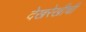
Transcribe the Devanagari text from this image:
देखरेखीची